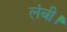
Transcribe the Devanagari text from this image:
लंबी।